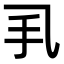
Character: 𢩦